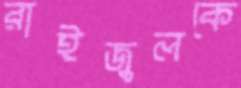
রাইজুলকে